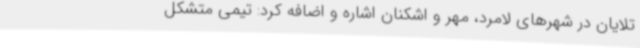
تلایان در شهرهای لامرد، مهر و اشکنان اشاره و اضافه کرد: تیمی متشکل